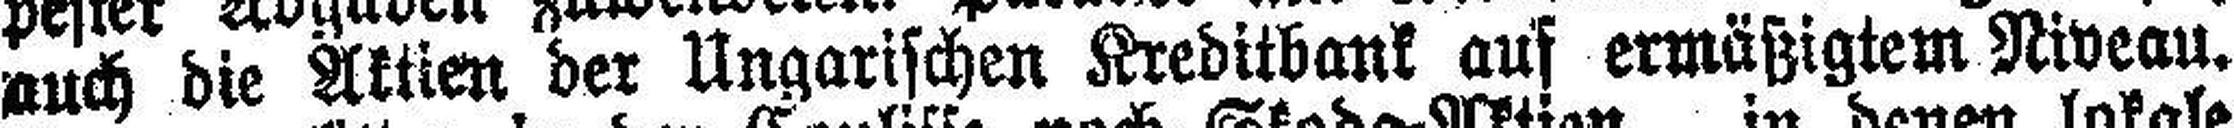
auch die Aktien der Ungarischen Kreditbank auf ermäßigtem Niveau.